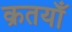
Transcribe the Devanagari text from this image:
क्रतयाँ